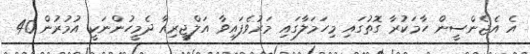
އެ އެޖެންސީން ހާމަކުރާ ގޮތުގައި މިހަމަލާގައި މަރުވެފައިވާ އަލްޖީރިއާ ދެމީހުންނަކީ އުމުރުން 40